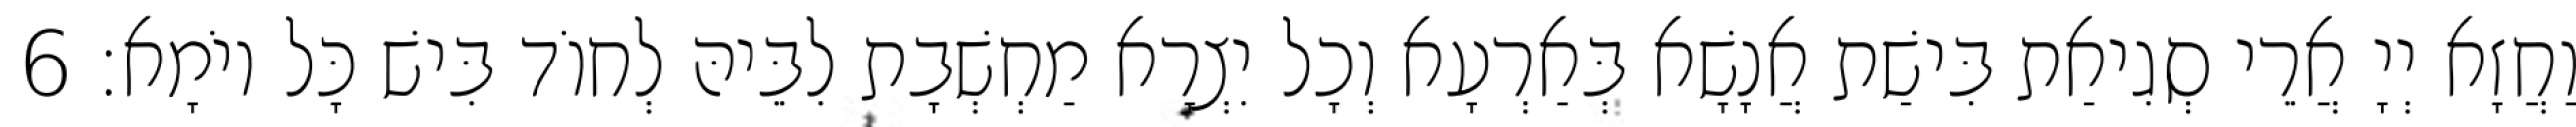
וַחֲזָא יְיָ אֲרֵי סְגִיאַת בִּישַׁת אֲנָשָׁא בְּאַרְעָא וְכָל יִצְרָא מַחְשְׁבָת לִבֵּיהּ לְחוֹד בִּישׁ כָּל יוֹמָא׃ 6